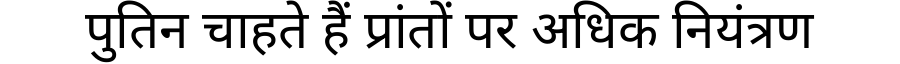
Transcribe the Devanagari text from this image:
पुतिन चाहते हैं प्रांतों पर अधिक नियंत्रण